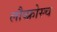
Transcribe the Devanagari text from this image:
लौब्फ्रोस्च